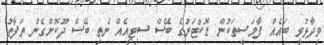
ވިދާޅުވީ ބައެއް ފާމަސީތަކުން ޑޮކްޓަރުގެ ބޭސް ސިޓީއެއް ނެތި ބޭސް ދޫކޮށްގެން ތަފާތު